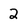
Character: 2